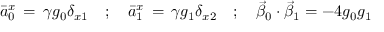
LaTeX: \bar { a } _ { 0 } ^ { x } \, = \, \gamma g _ { 0 } \delta _ { x 1 } \quad ; \quad \bar { a } _ { 1 } ^ { x } \, = \, \gamma g _ { 1 } \delta _ { x 2 } \quad ; \quad \vec { \beta } _ { 0 } \cdot \vec { \beta } _ { 1 } = - 4 g _ { 0 } g _ { 1 }